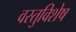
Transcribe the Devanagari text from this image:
वस्तुविशेष